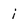
Character: i